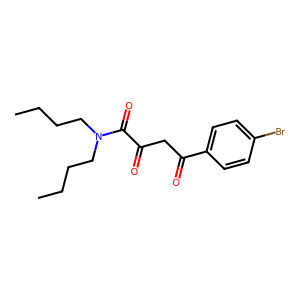
SMILES: CCCCN(CCCC)C(=O)C(=O)CC(=O)c1ccc(Br)cc1
Inhibits HIV replication: No